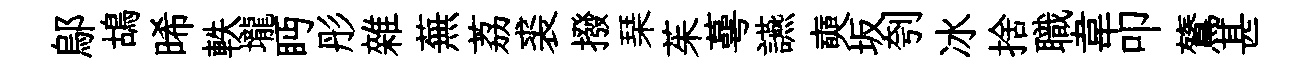
鄔鴣晞軼壠眄彤雜蕪荔裘撥琹茱蕚讌奭坂刳冰捨職韋叩鷟甚